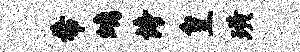
希螭诗皇璜